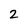
Character: 2